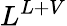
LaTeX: L^{L+V}